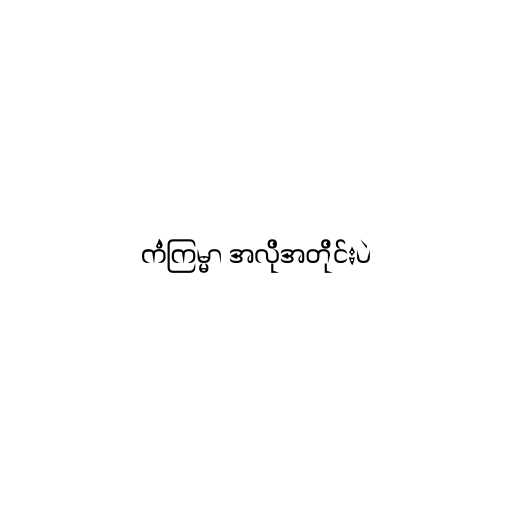
ကံကြမ္မာ အလိုအတိုင်းပဲ